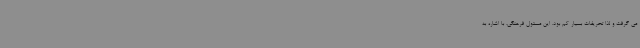
می گرفت و لذا تحریفات بسیار کم بود. این مسئول فرهنگی، با اشاره به